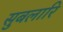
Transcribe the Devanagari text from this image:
सुबलारि